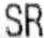
SR